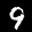
Label: 9